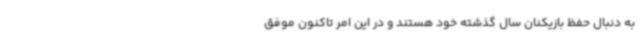
به دنبال حفظ بازیکنان سال گذشته خود هستند و در این امر تاکنون موفق